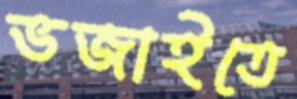
ভজাইতে